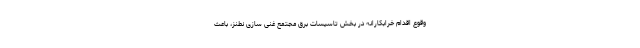
وقوع اقدام خرابکارانه در بخش تاسیسات برق مجتمع غنی سازی نطنز، باعث